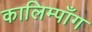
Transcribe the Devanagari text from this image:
कालिम्पाँग